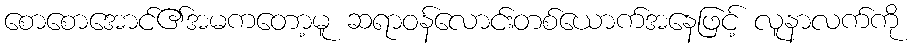
စောစောအောင်၏အမကတော့မူ ဆရာဝန်လောင်းတစ်ယောက်အနေဖြင့် လူနာလက်ကို